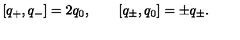
[ q _ { + } , q _ { - } ] = 2 q _ { 0 } , \qquad [ q _ { \pm } , q _ { 0 } ] = \pm q _ { \pm } .